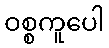
ဝစ္စကူပေါ